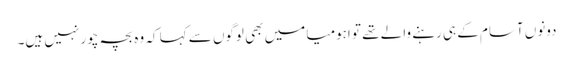
دونوں آسام کے ہی رہنے والے تھے تو اہومیا میں بھی لوگوں سے کہا کہ وہ بچہ چور نہیں ہیں۔